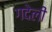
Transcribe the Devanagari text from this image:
गदेली